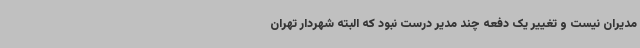
مدیران نیست و تغییر یک دفعه چند مدیر درست نبود که البته شهردار تهران